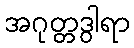
အဂုတ္တဒွါရာ